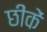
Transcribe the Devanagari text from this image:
छींकें